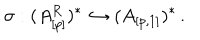
\sigma : ( A _ { [ p ] } ^ { R } ) ^ { * } \hookrightarrow ( A _ { [ p , 1 ] } ) ^ { * } \, .